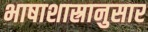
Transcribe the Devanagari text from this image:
भाषाशास्रानुसार